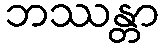
ဘဿန္တာ